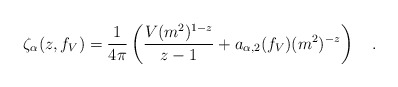
\begin{align*}\zeta_{\alpha}(z,f_V)={1 \over 4\pi}\left({V (m^2)^{1-z} \over z-1} +a_{\alpha,2}(f_V) (m^2)^{-z}\right)~~~.\end{align*}